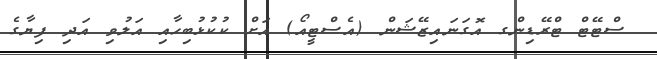
ސްޓޭޓް ޓްރޭޑިންގ އޮގަނައިޒޭޝަން (އެސްޓީއޯ) އަށް ކުކުޅުބިހާއި އަލުވި އަދި ފިޔާގެ